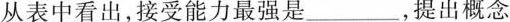
所用的时间为___,提出概念